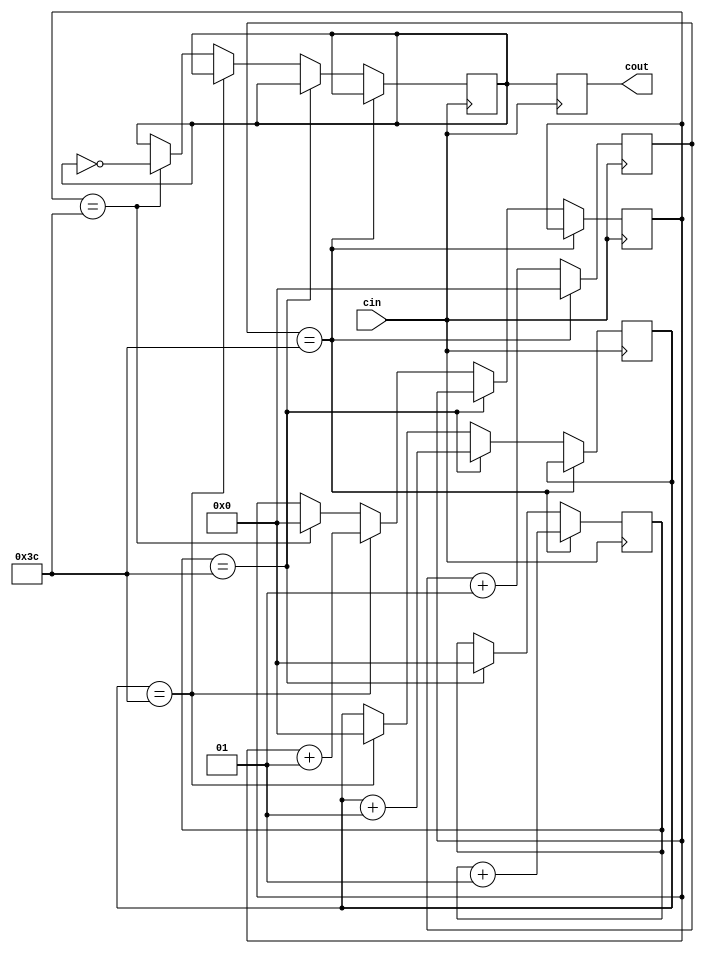
`timescale 1ns / 1ps
//////////////////////////////////////////////////////////////////////////////////
// Company: 
// Engineer: 
// 
// Design Name: 
// Module Name: clock_divider
// Project Name: 
// Target Devices: 
// Tool Versions: 
// Description: 
// 
// Dependencies: 
// 
// Revision:
// Revision 0.01 - File Created
// Additional Comments:
// 
//////////////////////////////////////////////////////////////////////////////////


module clock_divider (cout, cin);
input cin;
output cout;
integer count0;
integer count1;
integer count2;
integer count3;
reg d;
parameter timeconst= 60;
reg cout;
initial begin
count0=0;
count1=0;
count2=0;
count3=0;
d = 0;
end
always @ (posedge cin )
begin
count0 <= (count0 + 1); if
((count0 == timeconst))
begin
count0 <= 0;
count1 <= (count1 + 1);
end
else if ((count1 == timeconst))
begin
count1 <= 0;
count2 <= (count2 + 1);
end
else if ((count2 == timeconst))
begin
count2 <= 0;
count3 <= (count3 + 1);
end
else if ((count3 == timeconst))
begin
count3 <= 0;
d <= ~ (d);
end
cout <= d;
end // end always

endmodule